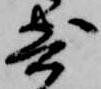
寄